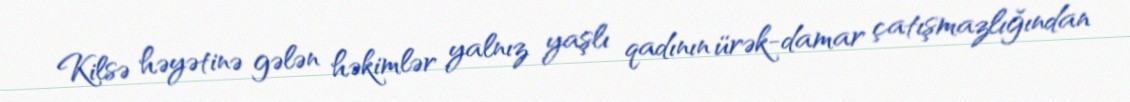
Kilsə həyətinə gələn həkimlər yalnız yaşlı qadının ürək-damar çatışmazlığından